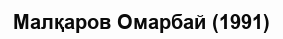
Малқаров Омарбай (1991)